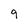
Character: 9